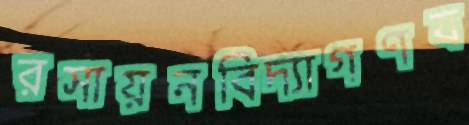
রসায়নবিদ্যাগণয